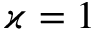
\varkappa = 1